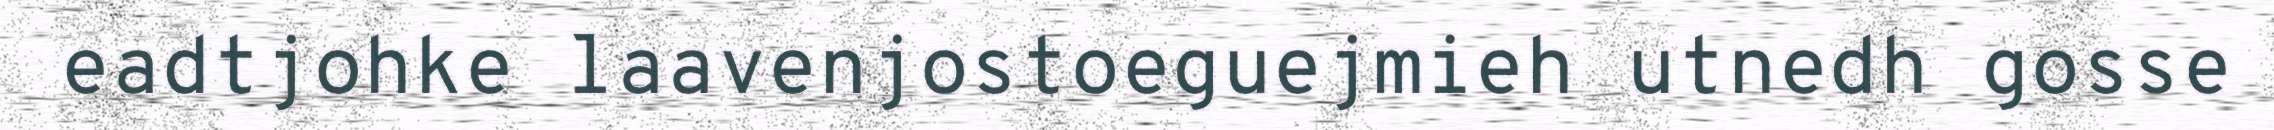
eadtjohke laavenjostoeguejmieh utnedh gosse